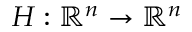
H : \mathbb { R } ^ { n } \rightarrow \mathbb { R } ^ { n }